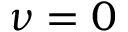
\nu = 0